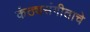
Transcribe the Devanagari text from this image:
कंठ्यसंगीताचे